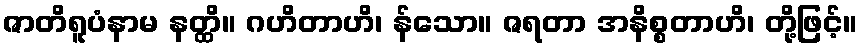
ဇာတိရူပံနာမ နတ္ထိ။ ဂဟိတာဟိ၊ န်သော။ ဇရတာ အနိစ္စတာဟိ၊ တို့ဖြင့်။